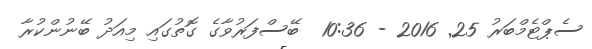
ސެޕްޓެމްބަރު 25